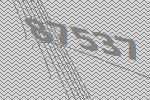
87537